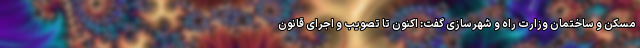
مسکن و ساختمان وزارت راه و شهرسازی گفت: اکنون تا تصویب و اجرای قانون